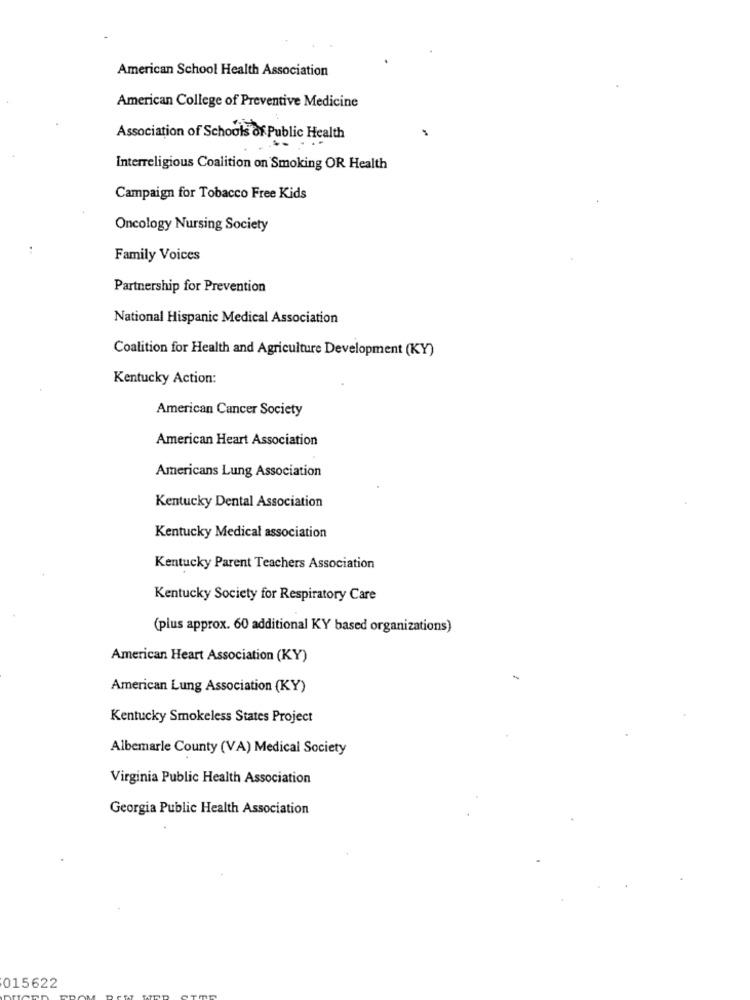
American School Health Association
American College of Preventive Medicine
Association of Schools of Public Health
Interreligious Coalition on Smoking OR Health
Campaign for Tobacco Free Kids
Oncology Nursing Society
..
Family Voices
Partnership for Prevention
National Hispanic Medical Association
Coalition for Health and Agriculture Development (KY)
Kentucky Action:
American Cancer Society
American Heart Association
Americans Lung Association
Kentucky Dental Association
Kentucky Medical association
Kentucky Parent Teachers Association
Kentucky Society for Respiratory Care
(plus approx. 60 additional KY based organizations)
American Heart Association (KY)
-
American Lung Association (KY)
Kentucky Smokeless States Project
Albemarle County (VA) Medical Society
Virginia Public Health Association
Georgia Public Health Association
015622